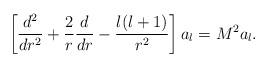
LaTeX: \begin{align*}\left[{d^{2}\over dr^{2}}+{2\over r}{d\over dr}-{l(l+1)\over r^{2}}\right]a_{l}=M^{2}a_{l} .\end{align*}